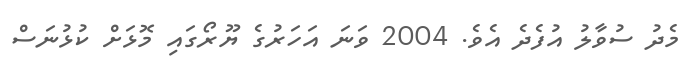
މެދު ސުވާލު އުފެދެ އެވެ. 2004 ވަނަ އަހަރުގެ ޔޫރޯގައި މޮޅަށް ކުޅުނަސް